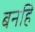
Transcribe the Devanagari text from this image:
बनहि